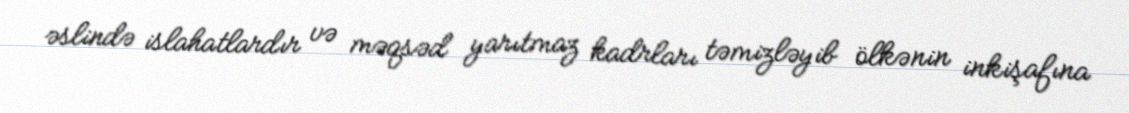
əslində islahatlardır və məqsəd yarıtmaz kadrları təmizləyib ölkənin inkişafına